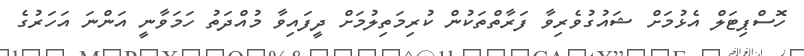
ހޮސްޕިޓަލް އެޅުމަށް ޝައުގުވެރިވާ ފަރާތްތަކުން ކުރިމަތިލުމަށް ދީފައިވާ މުއްދަތު ހަމަވާނީ އަންނަ އަހަރުގެ